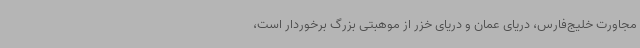
مجاورت خلیج‌فارس، دریای عمان و دریای خزر از موهبتی بزرگ برخوردار است،